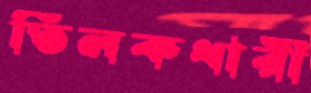
তিলকধারী